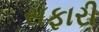
સફારી